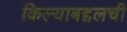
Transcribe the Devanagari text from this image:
किल्याबद्दलची